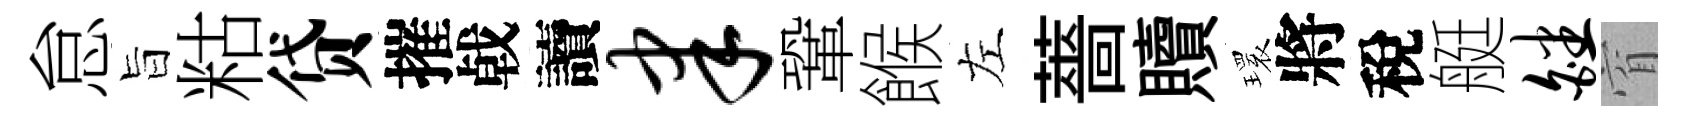
怠旨䊀贷摧㦸讀聿鞏餱左薔贖𤨔將稅艇皤窅